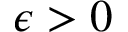
\epsilon > 0